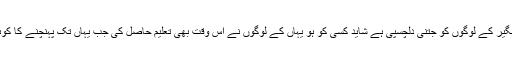
تعلیمی لحاظ سے داریل تانگیر کے لوگوں کو جتنی دلچسپی ہے شاید کسی کو ہو یہاں کے لوگوں نے اس وقت بھی تعلیم حاصل کی جب یہاں تک پہنچنے کا کوئی سوچ بھی نہیں سکتاتھا۔